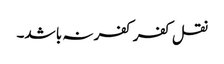
نقل کفر کفر نہ با شد۔